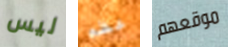
ليس عظم موقعهم